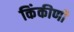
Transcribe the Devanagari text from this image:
किंकीणी